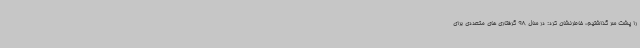
را پشت سر گذاشتیم، خاطرنشان کرد: در سال 98 گرفتاری های متعددی برای